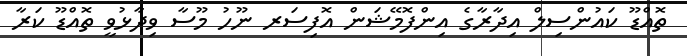
ތޮއްޑޫ ކައުންސިލް އިދާރާގެ އިންފޮމޭޝަން އޮފިސަރ ނޫހު މޫސާ ވިދާޅުވީ ތޮއްޑޫ ކަރާ